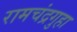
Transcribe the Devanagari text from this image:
रामचंद्रगुहा